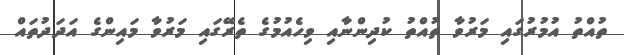
ތުއްތު އުމުރުގައި މަރުވާ ތުއްތު ކުދިންނާއި ވިހެއުމުގެ ތެރޭގައި މަރުވާ މައިންގެ އަދަދުތައް